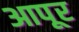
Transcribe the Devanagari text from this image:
आपूर